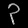
Digit: ၃